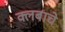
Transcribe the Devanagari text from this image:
क्लबाचे